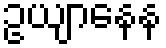
ဥယျာနေန